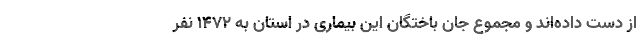
از دست داده‌اند و مجموع جان باختگان این بیماری در استان به ۱۴۷۲ نفر